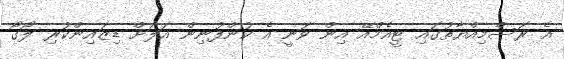
އެ ރަސްމިއްޔާތުގައި ޓީއެމްއޭ އިން ވަނީ އެ ކުންފުނިން އަލަށް ޑިޒައިންކުރި ލޯގޯ